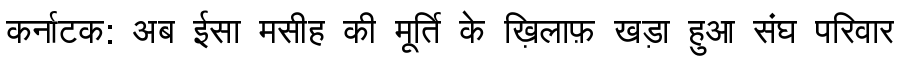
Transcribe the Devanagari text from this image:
कर्नाटक: अब ईसा मसीह की मूर्ति के ख़िलाफ़ खड़ा हुआ संघ परिवार